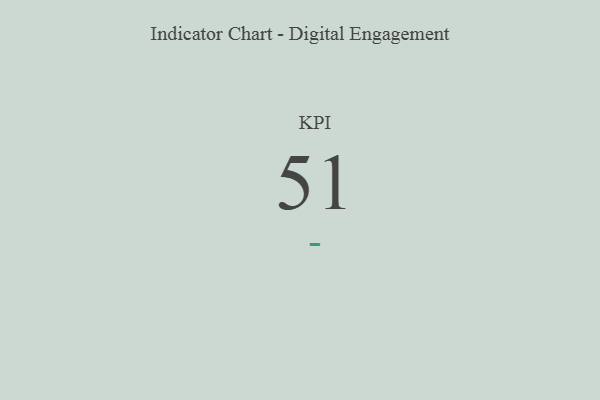
{"axis": {"x": "KPI", "y": "Value"}, "legend": [""], "data": [{"x": "KPI", "y": 51, "type": ""}]}